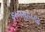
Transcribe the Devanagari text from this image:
इब्नमुहम्मद